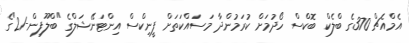
އެމްއެޗް 370ގެ ބްލެކް ބޮކްސް ހޯދުމަށް ކުރަމުންދާ މަސައްކަތަށް ފީނިކްސް އިންޓަނޭޝަލްގެ "ބްލޫފިން-21"ގެ